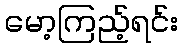
မော့ကြည့်ရင်း